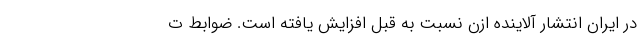
در ایران انتشار آلاینده ازن نسبت به قبل افزایش یافته است. ضوابط ت